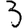
Digit: 3